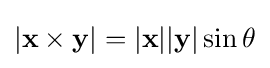
|\mathbf {x} \times \mathbf {y} |=|\mathbf {x} ||\mathbf {y} |\sin \theta